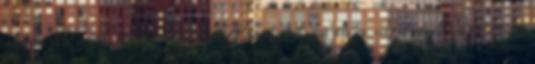
szétszednék, feltörnék. A másik para a medve, Rijeka és